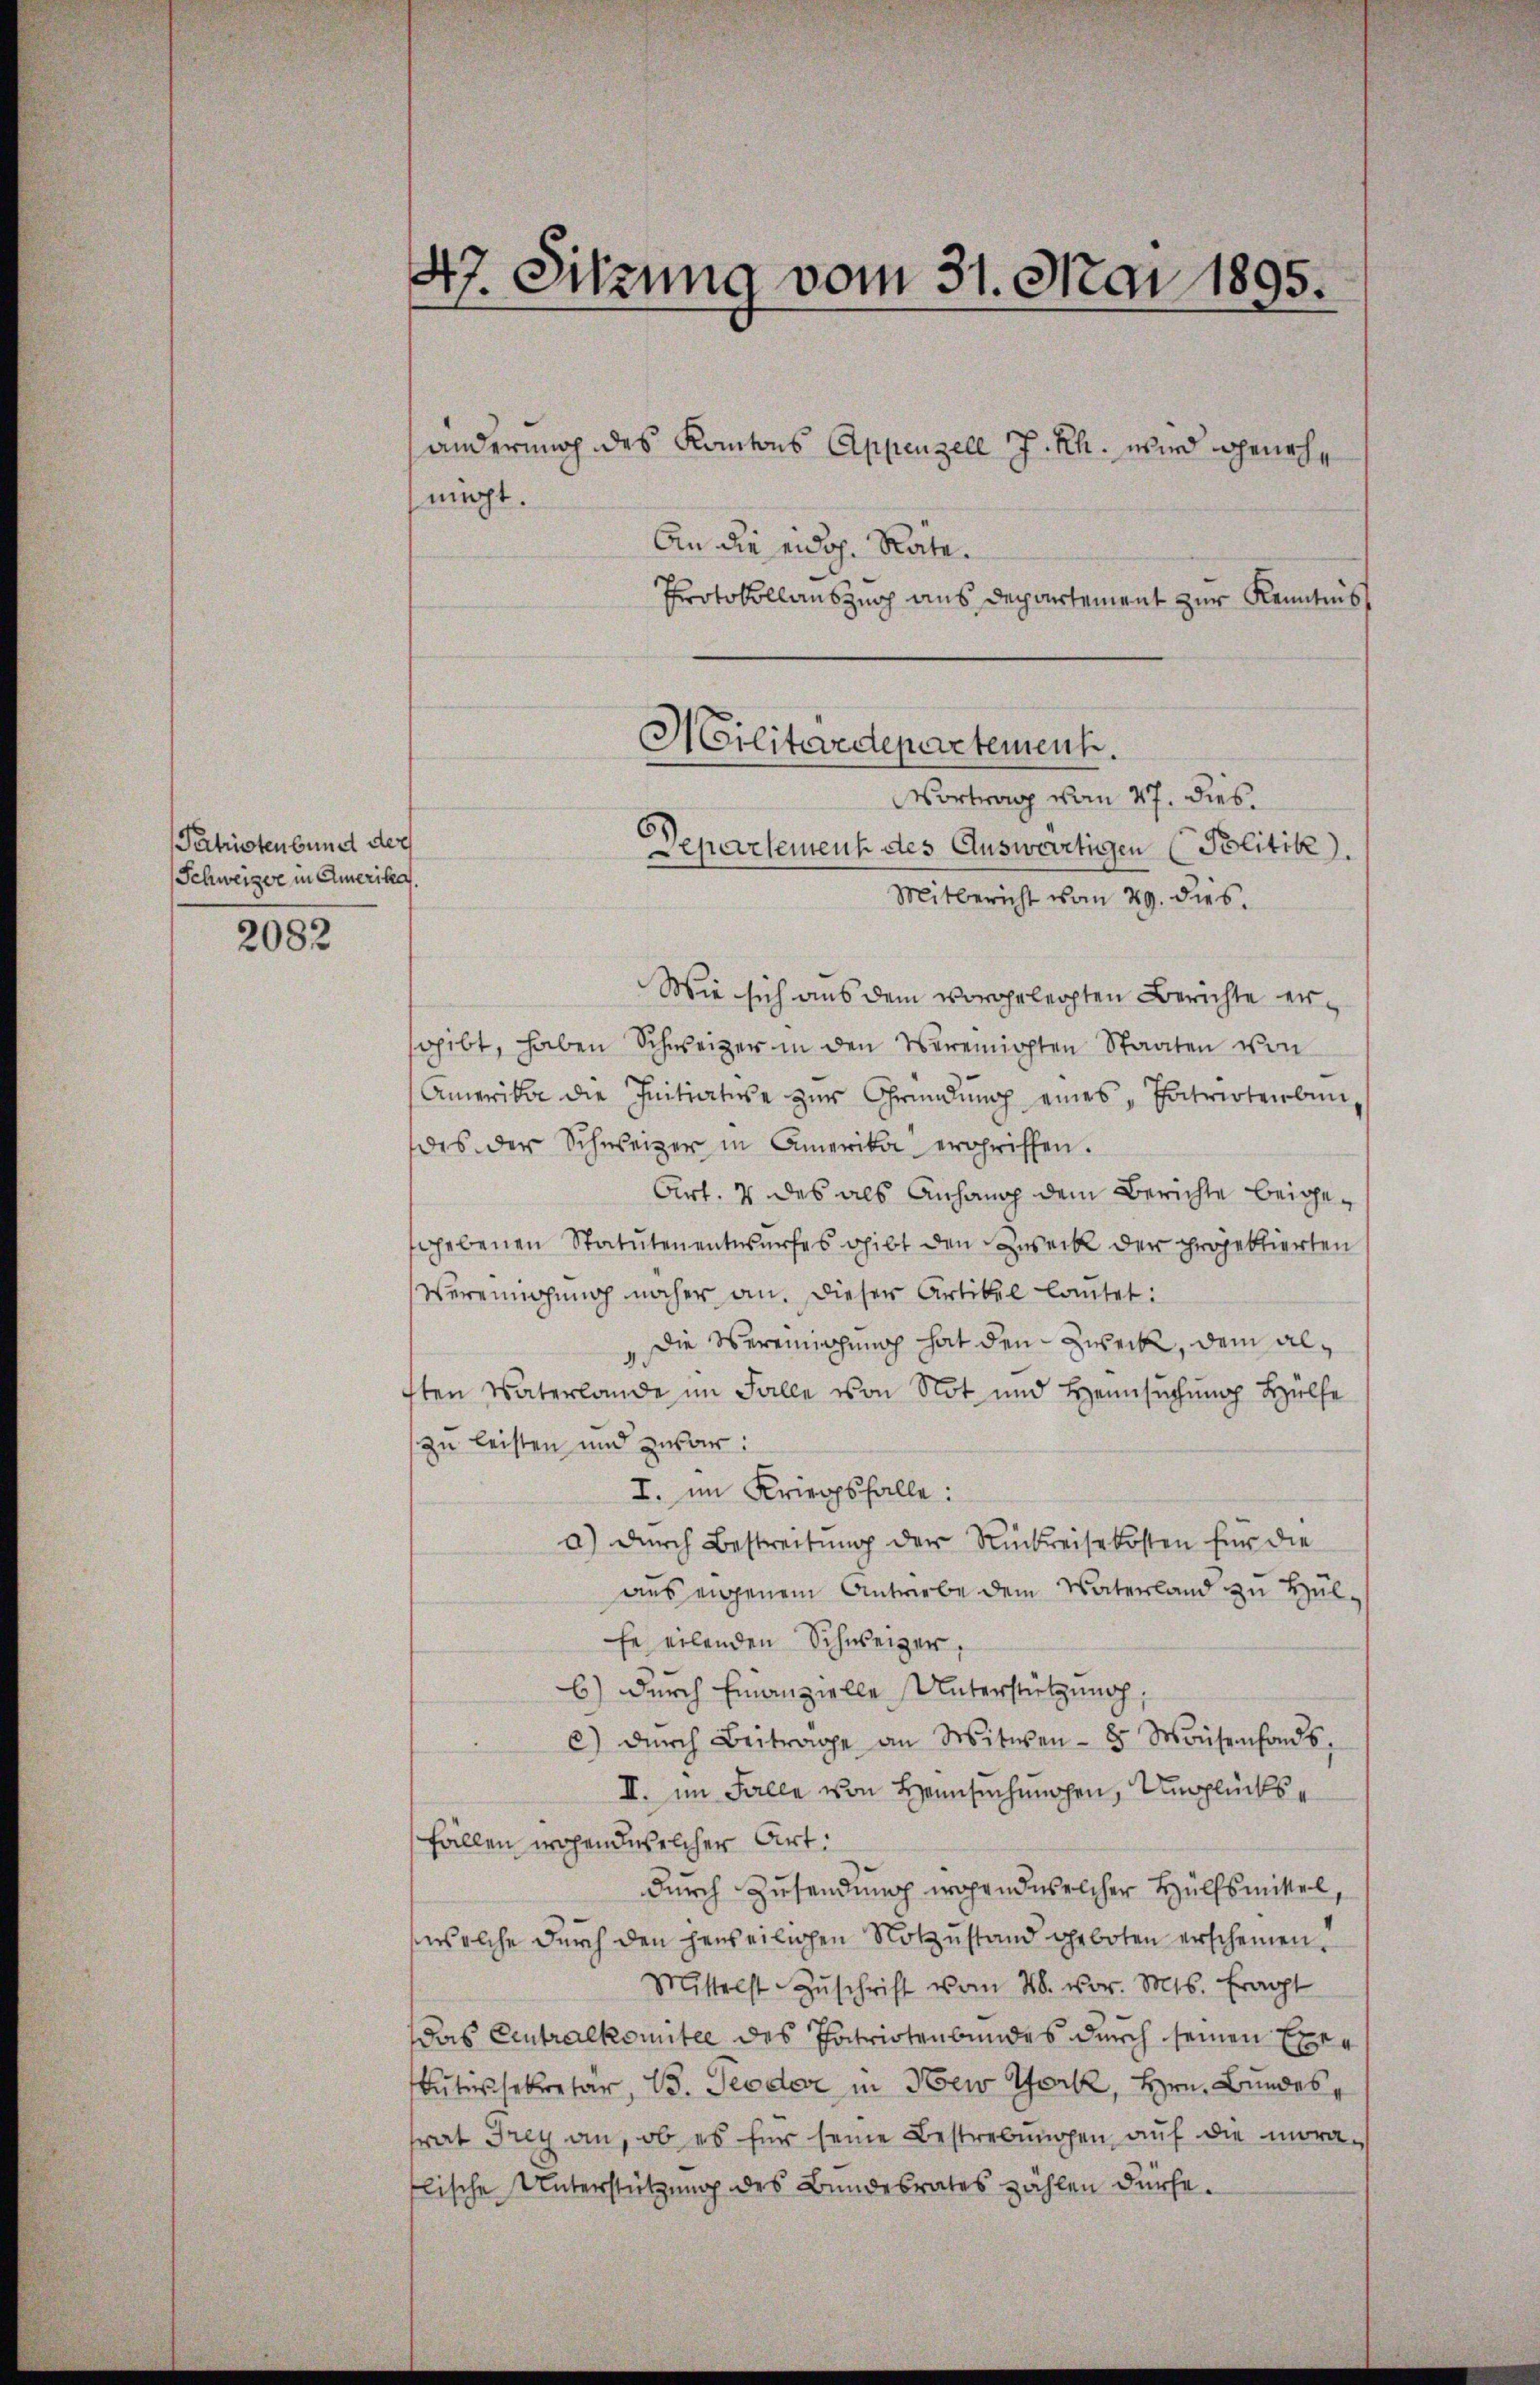
Patrioten bund der
Schweizer in Amerika.

2082

47. Sitzung vom 31. Mai 1895.

änderung des Kantons Appenzele J. Rh. wird geneh¬
An die eidg. Rate.
Protokollauszug aus Departement zur Kenntnis
Mitbericht vom 29. dies
Wie sich aus dem vorgelegten Berichte ergibt, haben Schweizer in den Vereinigten Staaten von
Amerikar die Initiatise zŭr Gründŭng eines Patrioterbun-
des der Schweizer in Amerika ergriffen.
Art. 2 des als Anhang dem Berichte beigegebenen Statuten entwurfes gibt den Zweck der projektierten
Vereingung näher an. Dieser Artikel lautet:
Die Vereinigung hat den Zweck, dem alften Vaterlande im Falle von Not und Heimsuchung Hülfe
zu leisten und zwar:
I. im Kriegsfalle:
a) durch Bestreitung der Rückreisekosten für die
aus eigenem Antriebe dem Vaterland zu Hülfe eilenden Schweizer,
b) durch Finanzielle Unterstützung,
c) dŭrch Beiträge an Witwen- 8 Maisenfonds,
II. im Falle von Hennsuchungen, Unglücks¬
Fällen wohend welcher Art.
durch Zusendung wohend welcher Hülfsmittel,
wolche dŭrch den herweilichen Notzŭstand geboten erscheinen.
Mittelst Zŭschrift vom 28. vor. Mts. fragt
das Eintralkomitee des Patriotenbundes durch seinen Exetessekretar, 15. Jeder in New York, Hrn. Bundes
rat Frey an, ob es für seine Bestrebungen auf die moralische Unterstützung des Bundesrates zählen dürfe.

macht.

Militärdepartement.
Vortrag vom 27. dies
Departement des Auswärtigen (Politik).